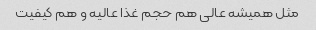
مثل همیشه عالی هم حجم غذا عالیه و هم کیفیت